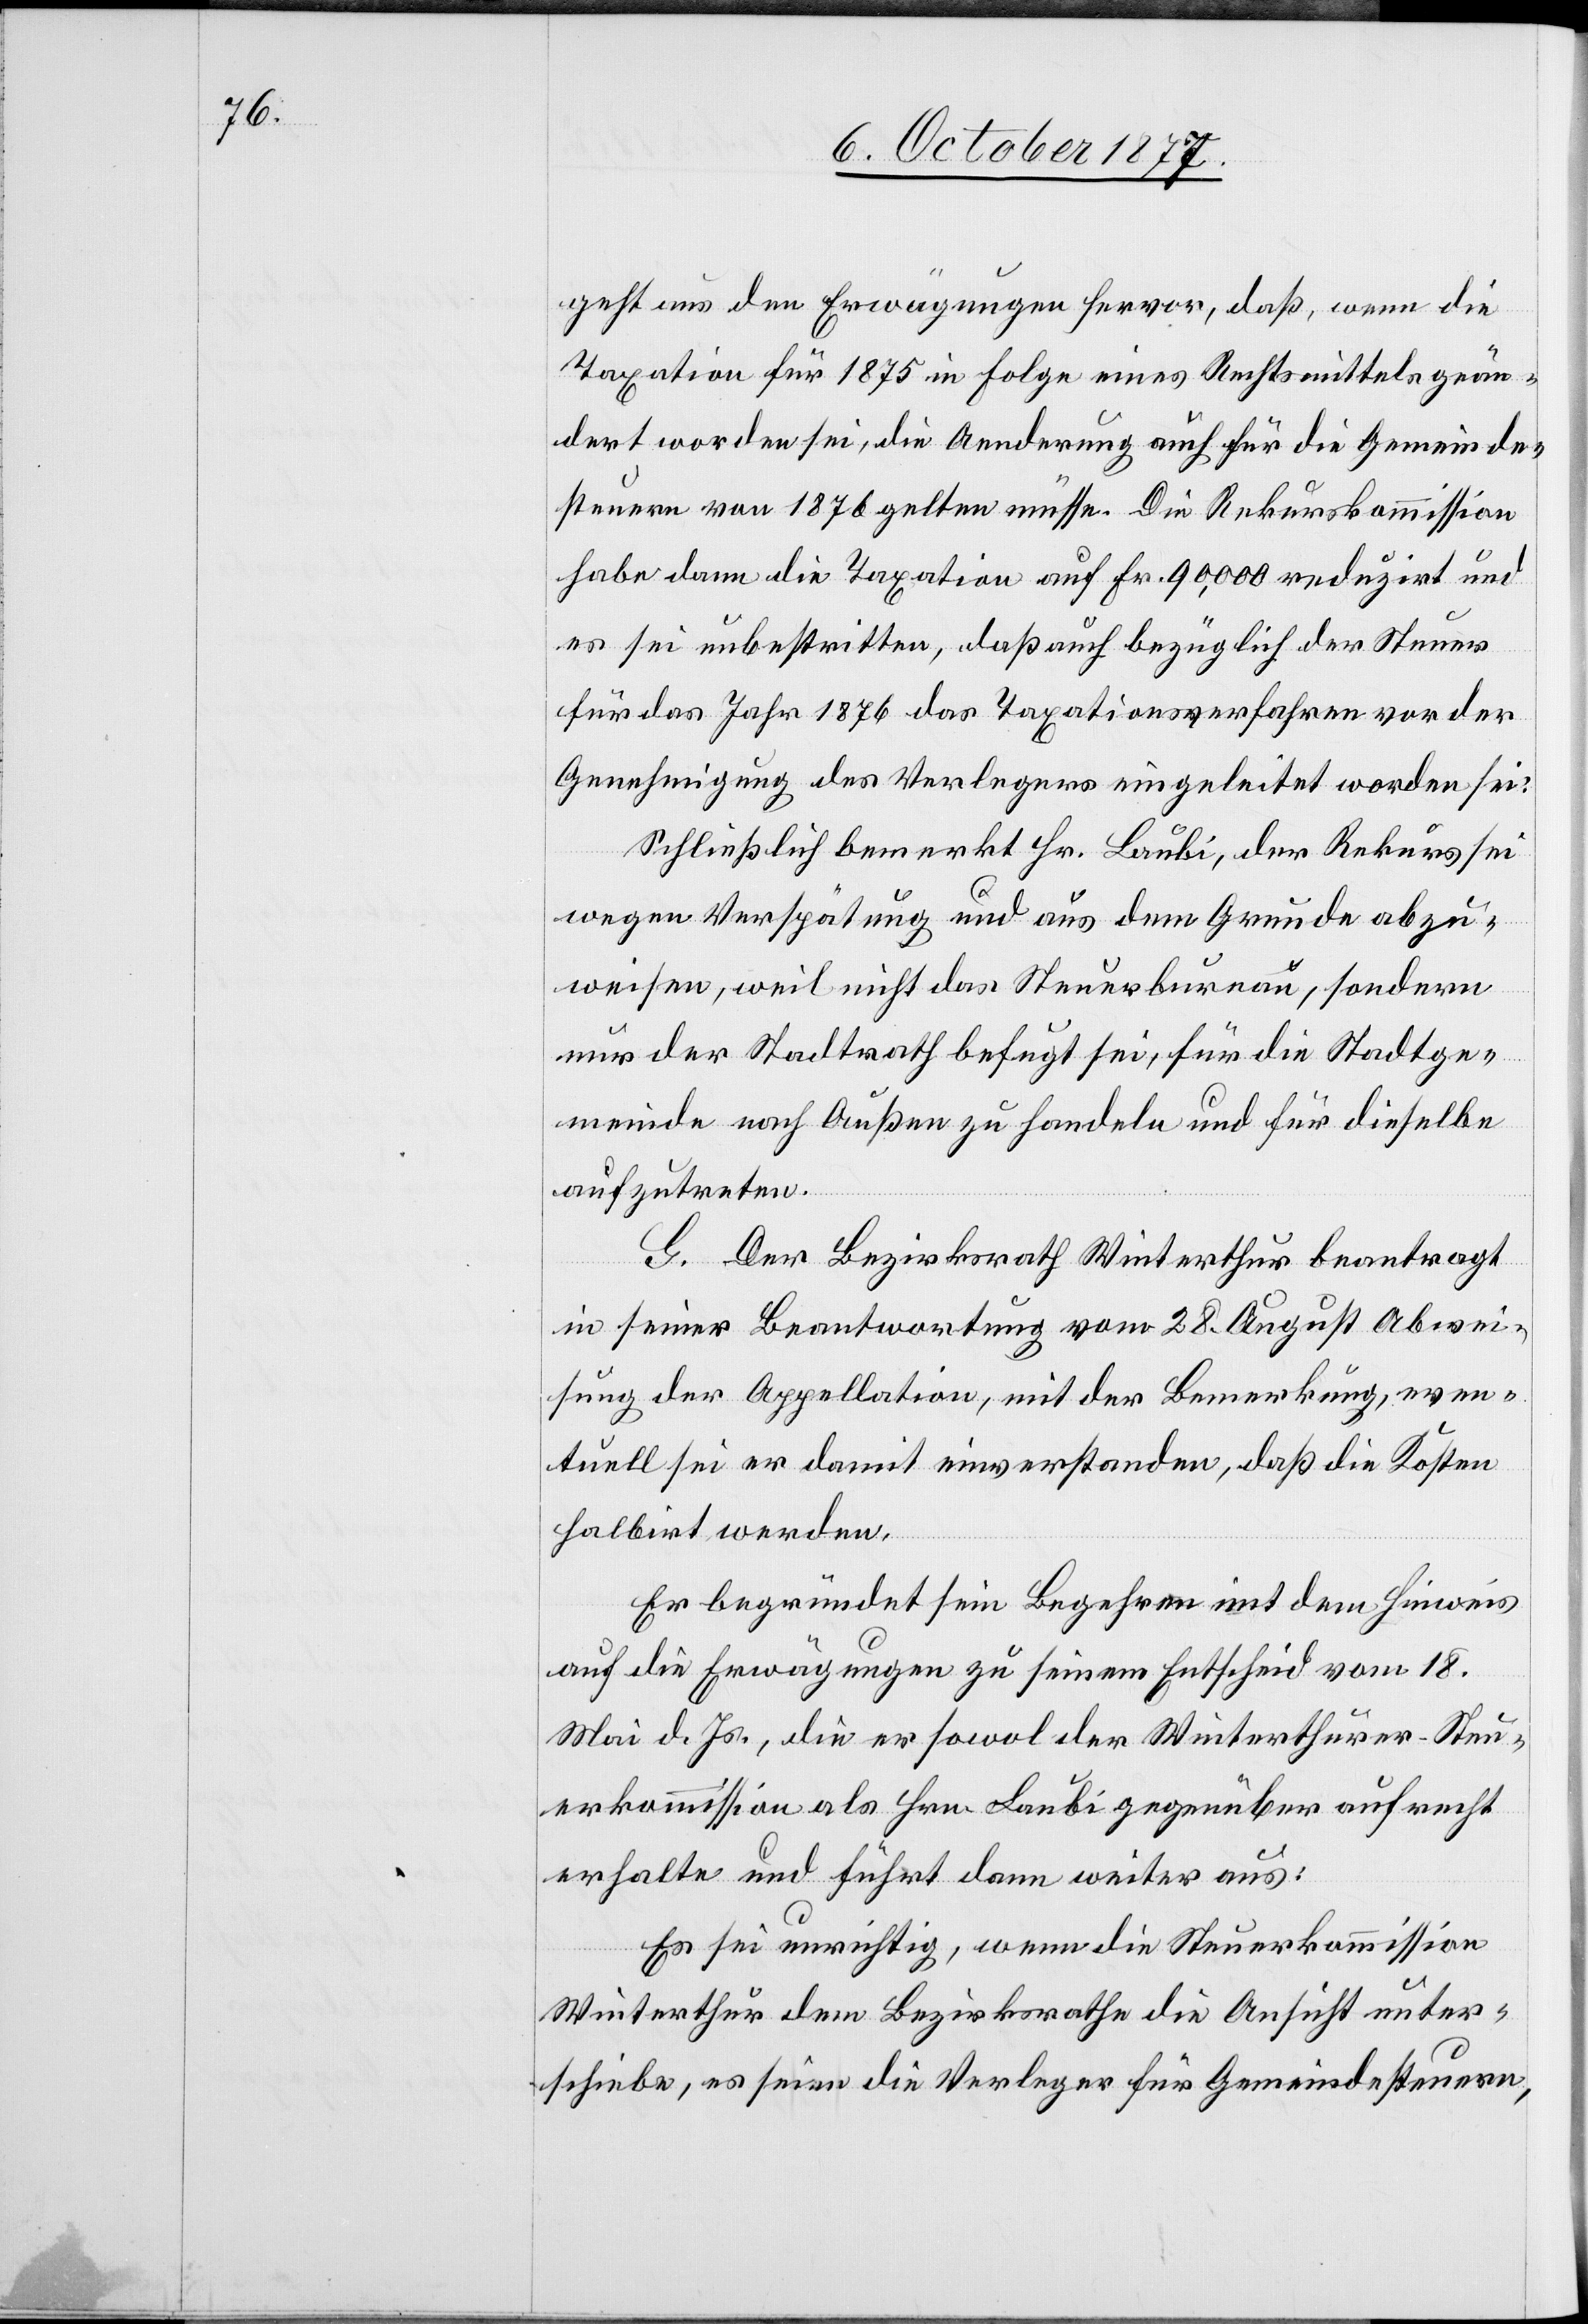
geht aus den Erwägungen hervor, daß, wenn die
Taxation für 1875 in Folge eines Rechtsmittels geän¬
dert worden sei, die Aenderung auch für die Gemeinde¬
steuern von 1876 gelten müsse. Die Rekurskommission
habe dann die Taxation auf Fr. 90,000 reduzirt und
es sei unbestritten, daß auch bezüglich der Steuer
für das Jahr 1876 das Taxationsverfahren vor der
Genehmigung des Verlegers eingeleitet worden sei.
Schließlich bemerkt Hr. Laubi, der Rekurs sei
wegen Verspätung und aus dem Grunde abzu¬
weisen, weil nicht das Steuerbureau, sondern
nur der Stadtrath befugt sei, für die Stadtge¬
meinde nach Außen zu handeln und für dieselbe
aufzutreten.
G. Der Bezirksrath Winterthur beantragt
ins einer Beantwortung vom 28. August Abwei¬
sung der Appellation, mit der Bemerkung, even¬
tuell sei er damit einverstanden, daß die Kosten
halbirt werden.
Er begründet sein Begehren mit dem Hinweis
auf die Erwägungen zu einem Entscheid vom 18.
Mai d. Js., die er sowol der Winterthurer-Steu¬
erkommission als Hrn. Laubi gegenüber aufrecht
erhalte und führt dann weiter aus:
Es sei unrichtig, wenn die Steuerkommission
Winterthur dem Bezirksrathe die Ansicht unter¬
schiebe, es seien die Verleger für Gemeindesteuern,